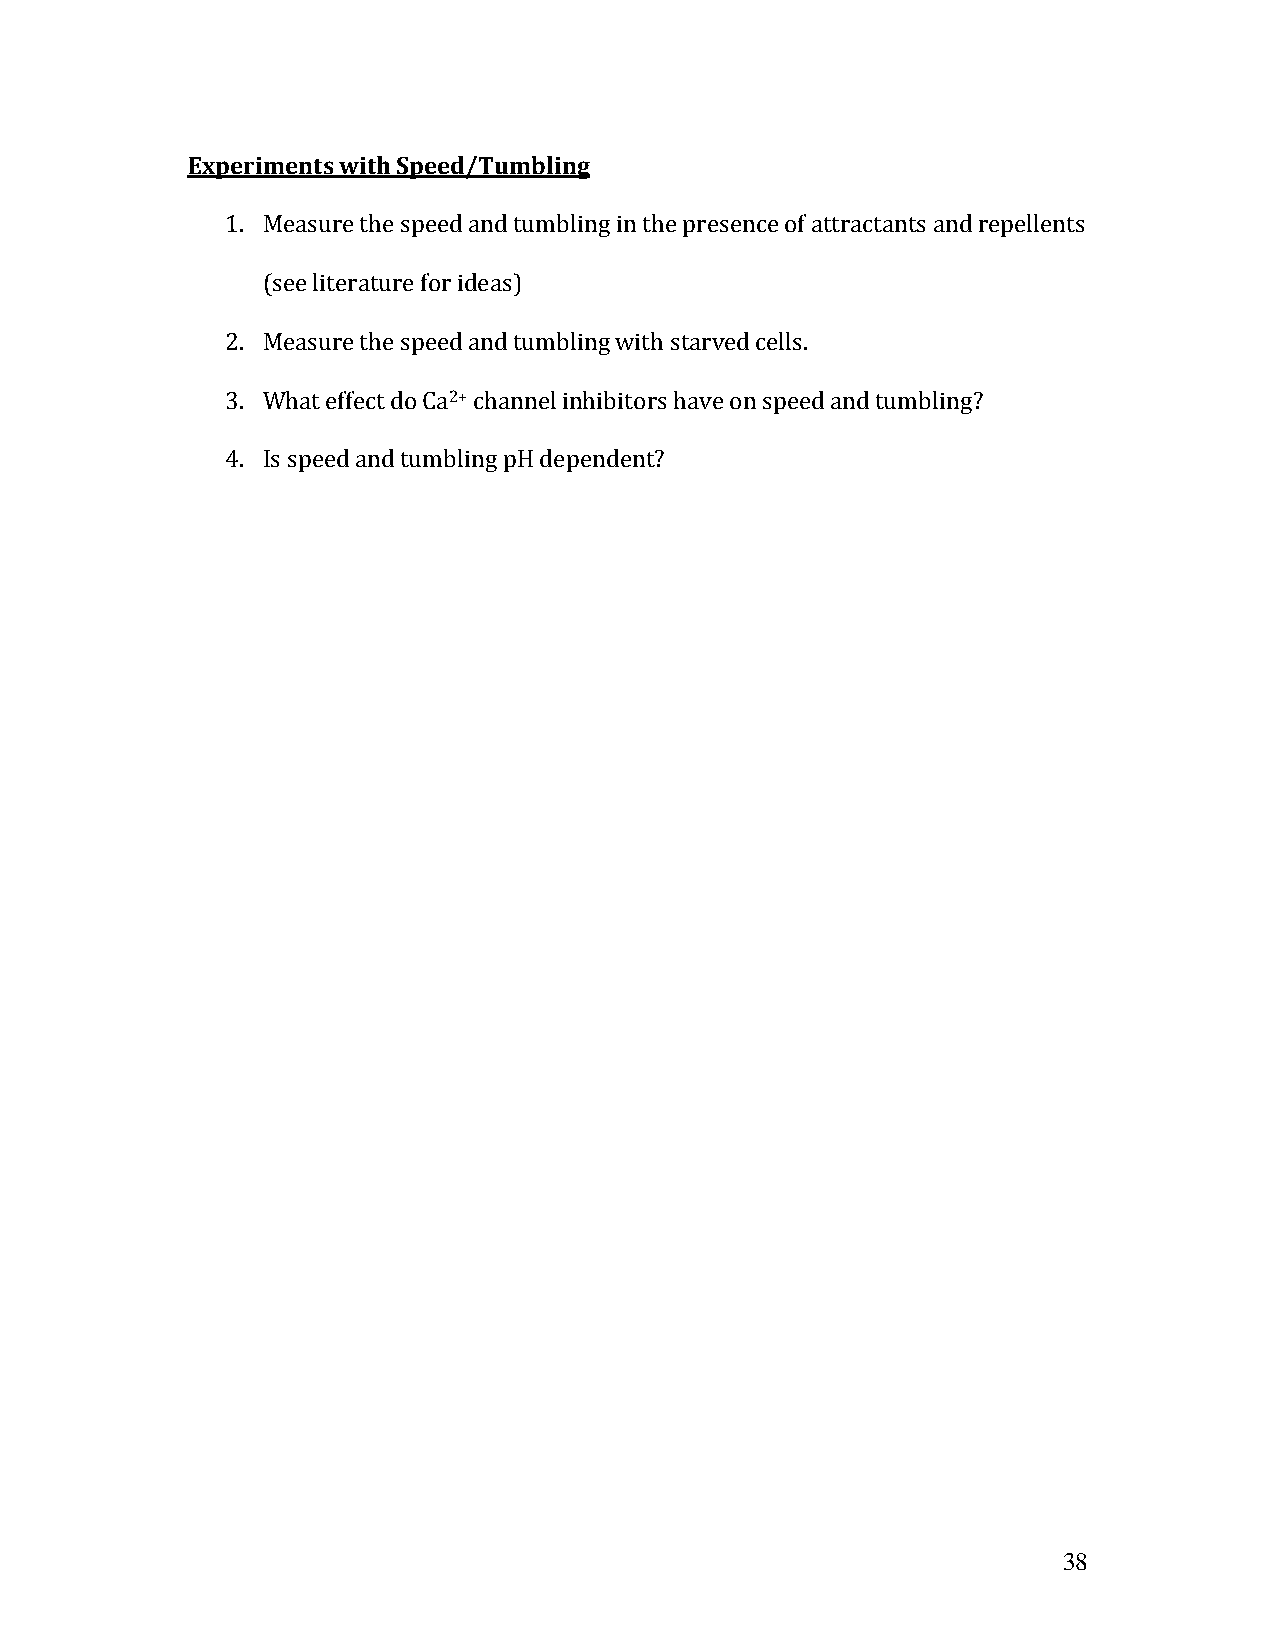
Experiments with Speed/Tumbling
 1. Measure the speed and tumbling in the presence of attractants and repellents
 (see literature for ideas)
 2. Measure the speed and tumbling with starved cells.
 3. What effect do Ca2+ channel inhibitors have on speed and tumbling?
 4. Is speed and tumbling pH dependent?
 38